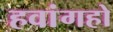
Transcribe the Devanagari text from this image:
हवांगहो